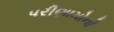
પરીણામોનો